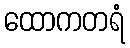
ထောကတရံ